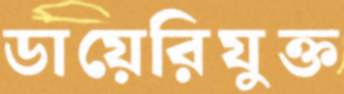
ডায়েরিযুক্ত